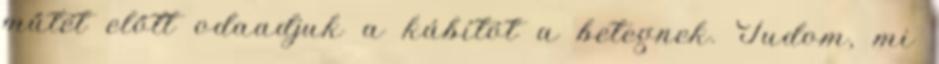
műtét előtt odaadjuk a kábítót a betegnek. Tudom, mi